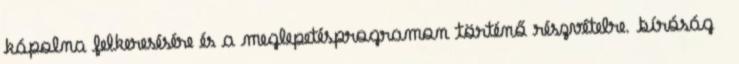
kápolna felkeresésére és a meglepetésprogramon történő részvételre. bíróság